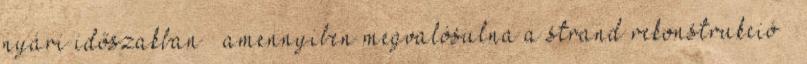
nyári időszakban – amennyiben megvalósulna a strand rekonstrukció –